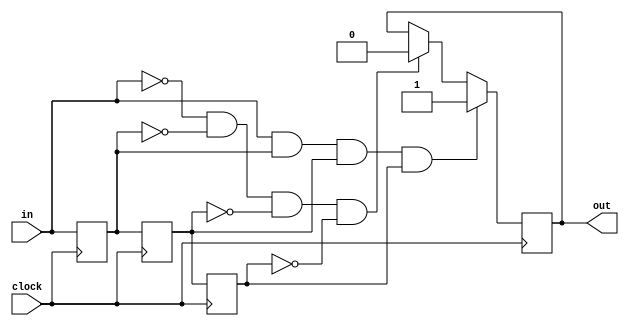
/////////////////////////////////////////////////////////////////////
////                                                             ////
//// Copyright (C) 2006 Phil Harman VK6APH                     	 ////
////                    pvharman@arach.net.au                 	 ////
//
//
//  This program is free software; you can redistribute it and/or modify
//  it under the terms of the GNU Lesser General Public License as published
//  by the Free Software Foundation; version 1 
//
//  This program is distributed in the hope that it will be useful,
//  but WITHOUT ANY WARRANTY; without even the implied warranty of
//  MERCHANTABILITY or FITNESS FOR A PARTICULAR PURPOSE.  See the
//  GNU General Public License for more details.
//
//  You should have received a copy of the GNU General Public License
//  along with this program; if not, write to the Free Software
//  Foundation, Inc., 59 Temple Place, Suite 330, Boston, MA  02111-1307  USA
//
//  This design is LGPL software written for the HPSDR project
//  by Phil Harman, VK6APH.  The author assumes no libability on how the
//  code might be used or warranty that the code is fit for any 
//  particular application. 
//
//  The purpose of the code is to remove any glitches on an input signal. 
// 
//  Input has to be stable for 4 consecutive clock samples before a transition is considered valid
//

module  deglitch(clock, in, out);

input wire clock;
input wire in;
output reg out;

reg in_n1, in_n2, in_n3;

//
// de-glitch input using clock
// input has to be stable for 4 consecutive clock  samples before a transition is considered valid
//

always @ (posedge clock)
begin
	if (in & in_n1 & in_n2 & in_n3) out <= 1; 			// all have to be 1 before valid 
	else if (~in & ~in_n1 & ~in_n2 & ~in_n3) out <=0;	// all have to be 0 before valid
	else out <= out;								    			// else do nothing
	in_n1 <= in;										 			// shift previous samples along 
	in_n2 <= in_n1;
	in_n3 <= in_n2;	
end 

endmodule